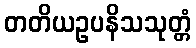
တတိယဥပနိသသုတ္တံ